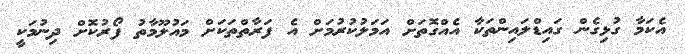
އެކަމާ ގުޅިގެން ގައިޑްލައިންތަކާ އެއްގޮތަށް އަމަލުކުރުމަށް އެ ފަރާތްތަކަށް މައުލޫމާތު ފޯރުކޮށް ދިނުމަކީ